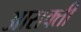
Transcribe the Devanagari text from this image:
आसक्‍ती